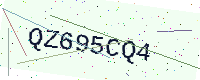
Text: QZ695CQ4